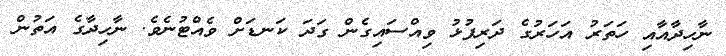
ނާހިދާއާއި ހަތަރު އަހަރުގެ ދަރިފުޅު ވިއްސައިގެން ގަދަ ކަނޑަށް ވެއްޓުނެވެ. ނާހިދާގެ އަތުން